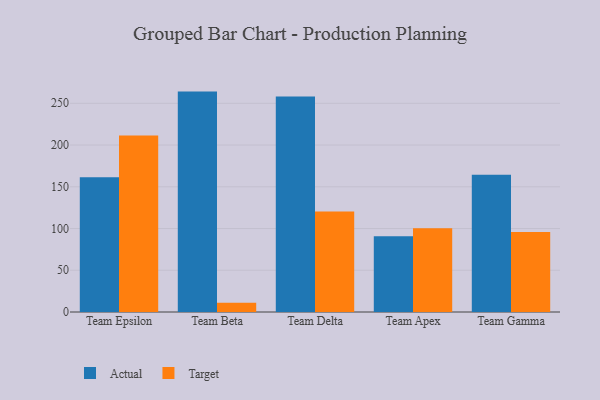
{"axis": {"x": "Team", "y": "LTV (USD)"}, "legend": ["Actual", "Target"], "data": [{"x": "Team Epsilon", "y": 161.4, "type": "Actual"}, {"x": "Team Epsilon", "y": 211.3, "type": "Target"}, {"x": "Team Beta", "y": 264.0, "type": "Actual"}, {"x": "Team Beta", "y": 11.2, "type": "Target"}, {"x": "Team Delta", "y": 258.0, "type": "Actual"}, {"x": "Team Delta", "y": 120.3, "type": "Target"}, {"x": "Team Apex", "y": 90.6, "type": "Actual"}, {"x": "Team Apex", "y": 100.4, "type": "Target"}, {"x": "Team Gamma", "y": 164.3, "type": "Actual"}, {"x": "Team Gamma", "y": 95.8, "type": "Target"}]}